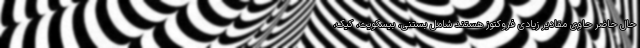
حال حاضر حاوی مقادیر زیادی فروکتوز هستند شامل بستنی، بیسکویت، کیک،